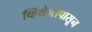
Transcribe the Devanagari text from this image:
व्हियेनापासून